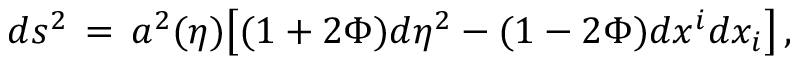
d s ^ { 2 } \, = \, a ^ { 2 } ( \eta ) \bigl [ ( 1 + 2 \Phi ) d \eta ^ { 2 } - ( 1 - 2 \Phi ) d x ^ { i } d x _ { i } \bigr ] \, ,